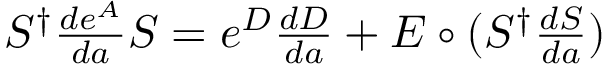
\begin{array} { r } { S ^ { \dagger } \frac { d e ^ { A } } { d a } S = e ^ { D } \frac { d D } { d a } + E \circ ( S ^ { \dagger } \frac { d S } { d a } ) } \end{array}